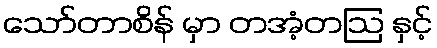
သော်တာစိန် မှာ တအံ့တဩ နှင့်